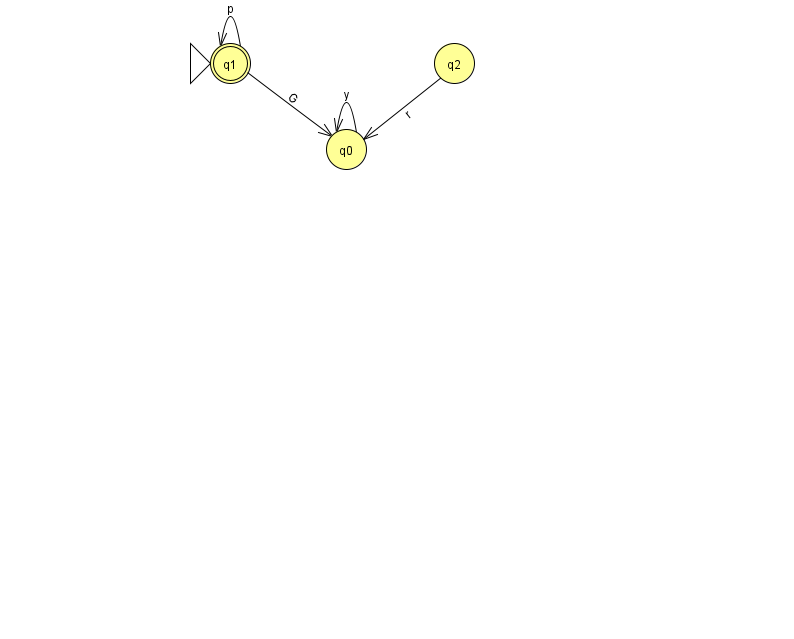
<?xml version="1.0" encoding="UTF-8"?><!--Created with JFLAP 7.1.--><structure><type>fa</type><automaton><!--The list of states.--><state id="0" name="q0"><x>346.0</x><y>136.0</y></state><state id="1" name="q1"><x>230.0</x><y>50.0</y><initial/><final/></state><state id="2" name="q2"><x>454.0</x><y>50.0</y></state><!--The list of transitions.--><transition><from>1</from><to>1</to><read>p</read></transition><transition><from>2</from><to>0</to><read>r</read></transition><transition><from>1</from><to>0</to><read>G</read></transition><transition><from>0</from><to>0</to><read>y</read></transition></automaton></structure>